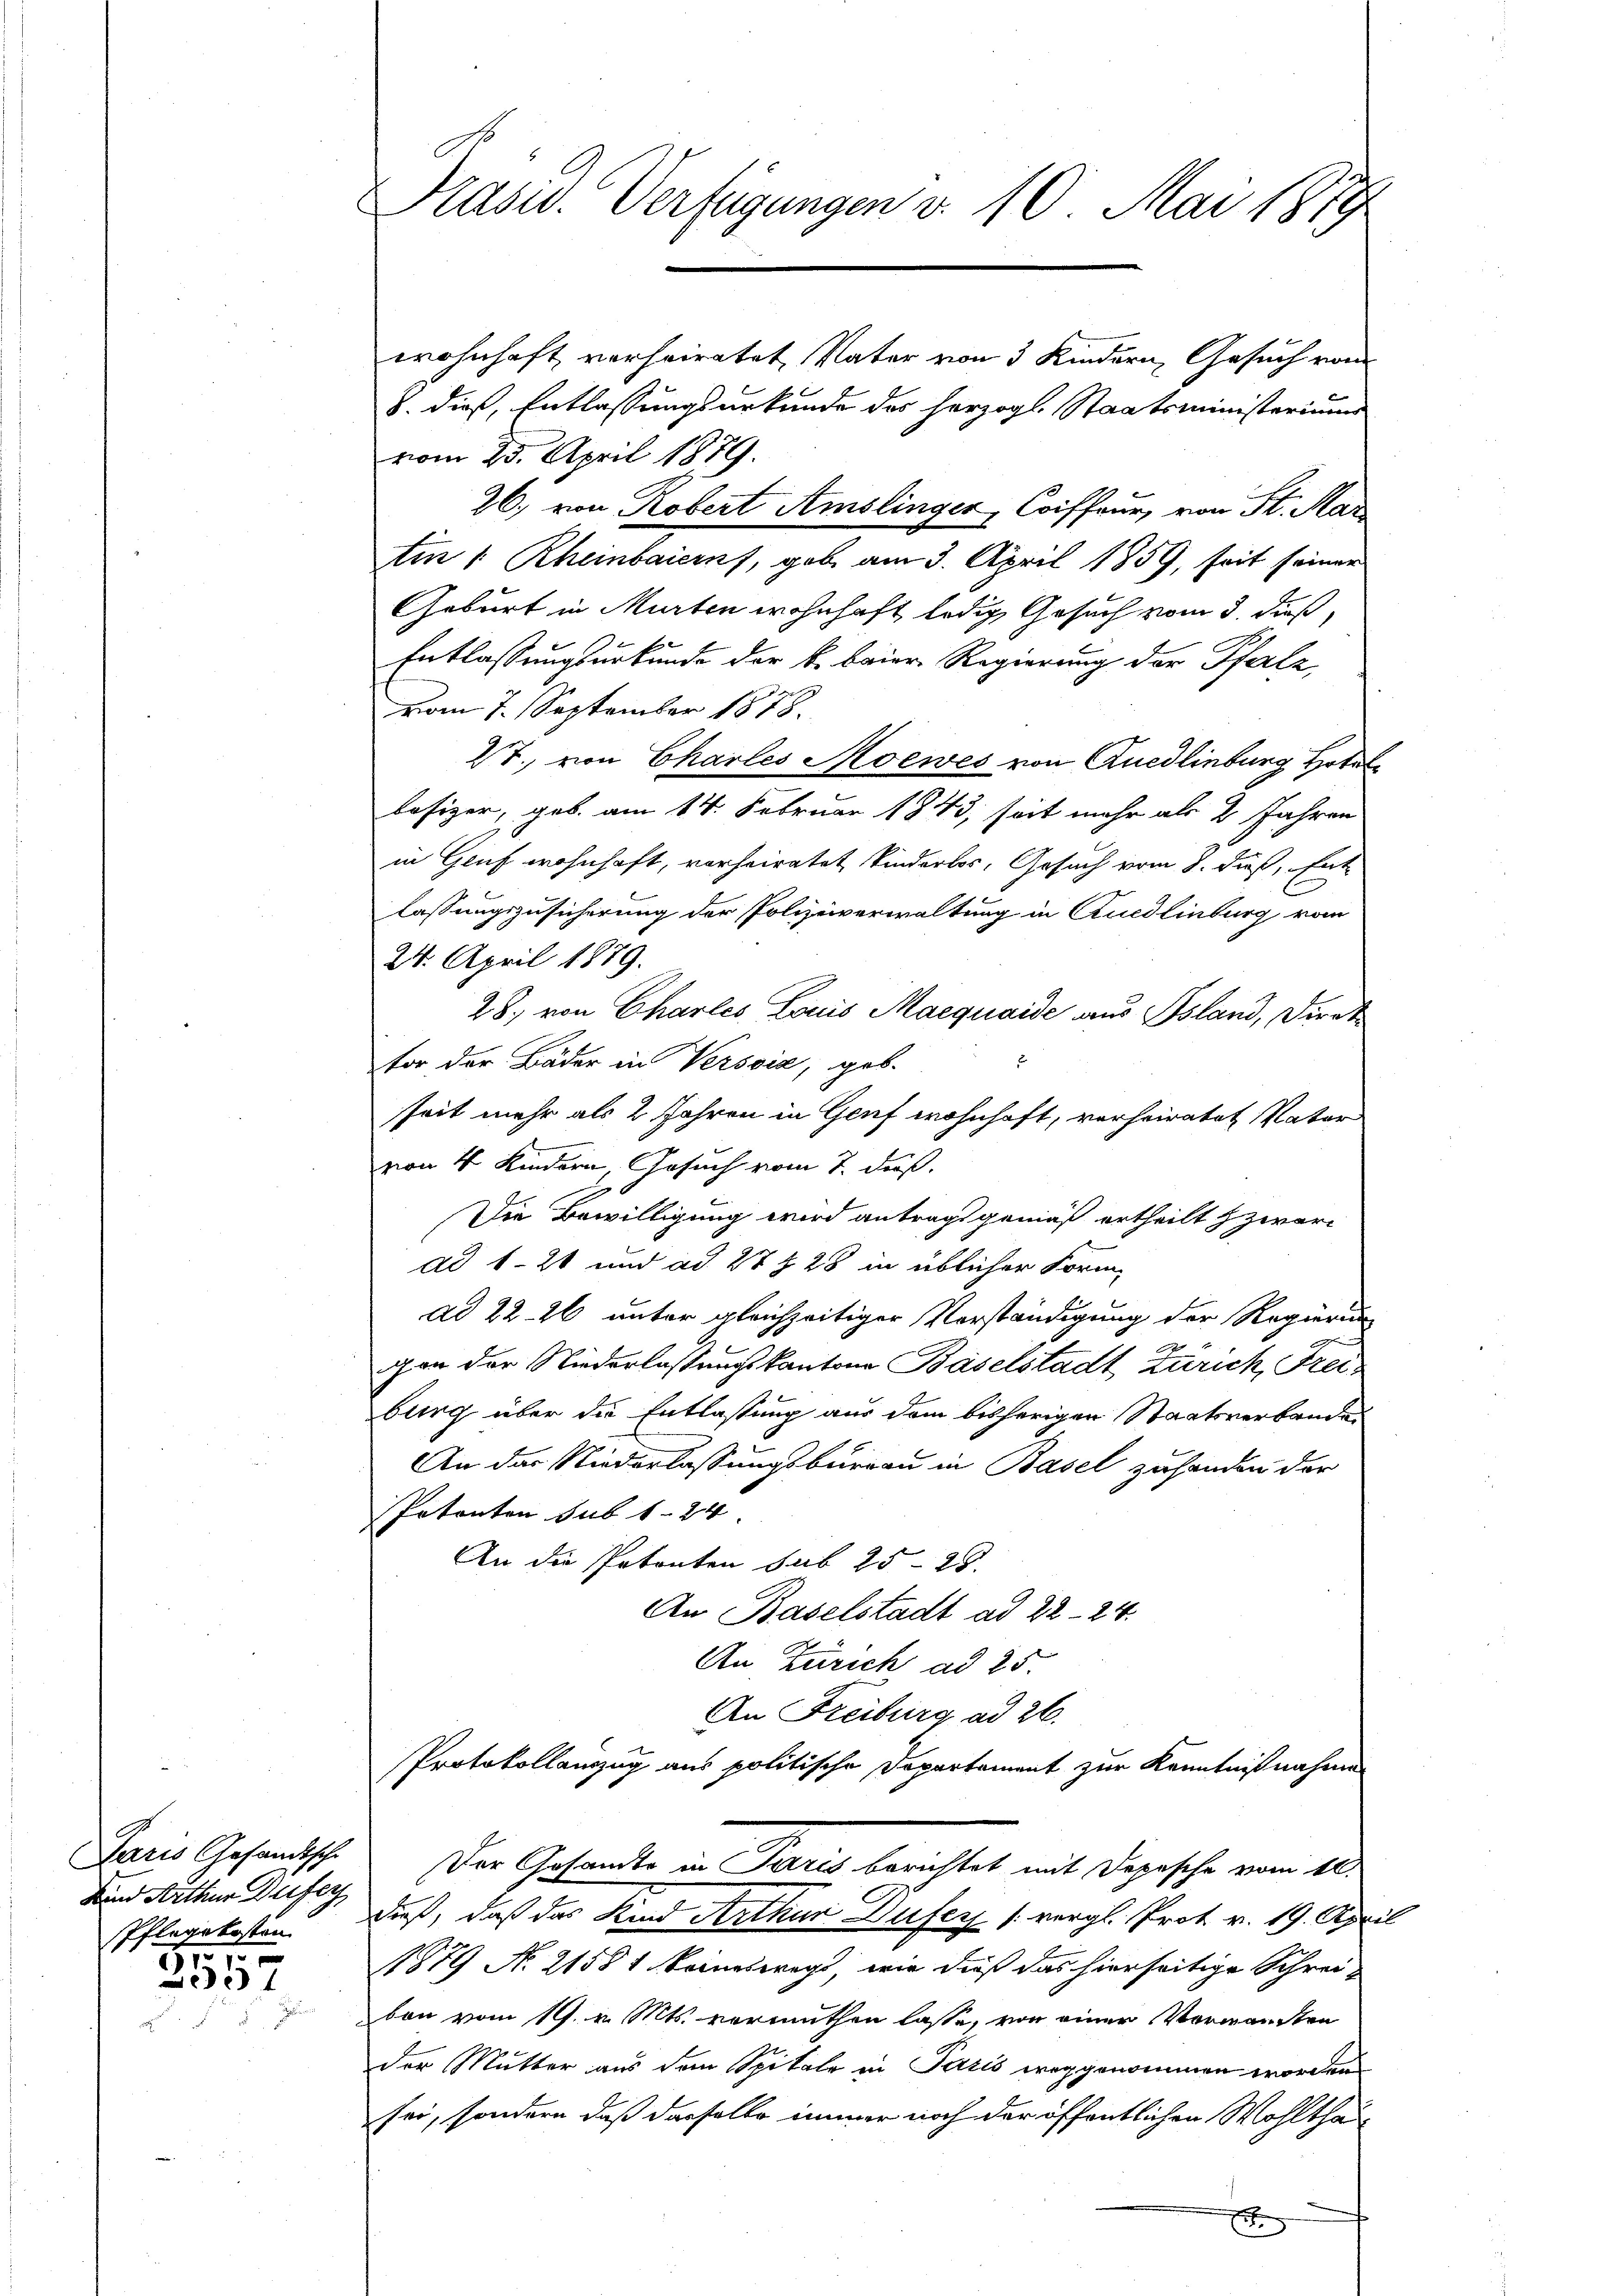
Paris Gesandtsche
und Arthur Dufey
Pflegekosten
55

957

Präsid. Verfügungen v. 10. Mai 1879

wohnhaft verheiratet, Vater von 3 Kindern, Gesuch vom
S. dieß, Entlassungsurkunde des herzogl. Staatsministerium
vom 25. April 1879.
26., von Robert Amslinger, Coiffeur, von St. Mar
Ein 1 Rheinbaiern, gebe am 3. April 1859, seit seiner
Geburt in Murten wohnhaft ledig, Gesuch vom 3. dieß,
Entlassungsurkunde der k. baier Regierung der Pfalz
vom 7. September 1878.
27., von Charles Moewes von Quedlinburg Hotel
besizer, geb. am 14. Februar 1843, seit mehr als 2 Jahren
in Genf wohnhaft, vorheiratet, kinderlos, Gesuch vom 8. dieß, Ent-
lassungszusicherung der Polizeiverwaltung in Quedlinburg vom
24. April 1879.
28, von Charles Louis Maequaide aus Bsland, Direk
tor der Bäder in Versvia, geb.
seit mehr als 2 Jahren in Genf wohnhaft, verheiratet Vater
von 4 Kindern, Gesuch vom 7. dieß.
Die Bewilligung wird antrags gemäß ertheilt zwar
dd 1-21 und ad 27 § 28 in üblicher Form
ad 22-26 unter gleichzeitiger Vorständigung der Regierung
gan der Niederlassungskantone Baselstadt Zürich, Freiburg über die Entlassung aus dem bisherigen Staatsverbanden
An der Niederlassungsburgau in Basel zu handen der
Potenten sub 1-24
An die Petenten sub 25-28.
An Baselstadt ad 22-24.
An Zürich ad 25.
An Freiburg ad 26.
Protokollanzug aus politische Departement zur Kenntnißnahme

Der Gesandte in Paris berichtet mit Depesche vom 16.
dieß, daß das Kind Arthur Dufers (vergl. Prot. v. 19. April

1879 No 21581 keinesweg, wie dieß das hierseitige Schrei-
bon vom 19. v. Mts. vermuthen lasse, von einer Vorwandten
der Mutter aus dem Spitale in Paris weggenommen worden
sei, sondern daß dasselbe immer noch der öffentlichen Wohlthaix